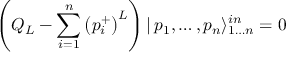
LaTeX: \left( Q _ { L } - \sum _ { i = 1 } ^ { n } \left( p _ { i } ^ { + } \right) ^ { L } \right) | \, p _ { 1 } , \dots , p _ { n } \rangle _ { 1 \dots n } ^ { i n } = 0